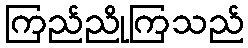
ကြည်ညိုကြသည်